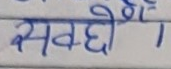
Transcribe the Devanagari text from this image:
सक्छौ